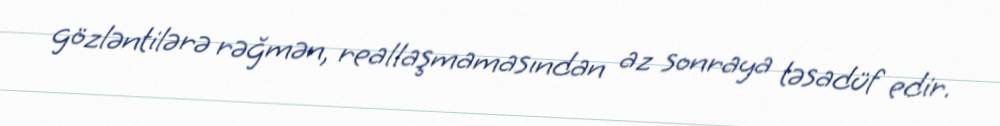
gözləntilərə rəğmən, reallaşmamasından az sonraya təsadüf edir.